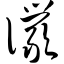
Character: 俨